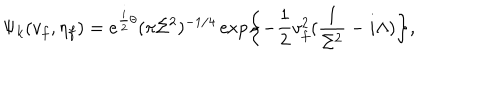
\Psi _ { k } ( v _ { f } , \eta _ { f } ) = e ^ { { \frac { i } { 2 } } \theta } ( \pi \Sigma ^ { 2 } ) ^ { - 1 / 4 } \exp \biggl \{ - { \frac { 1 } { 2 } } v _ { f } ^ { 2 } ( { \frac { 1 } { \Sigma ^ { 2 } } } - i \Lambda ) \biggr \} ,